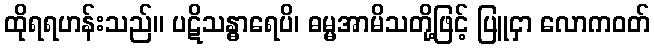
ထိုရရဟန်းသည်။ ပဋိသန္ဓာရေပိ၊ ဓမ္မအာမိသတို့ဖြင့် ပြူငှာ လောကဝတ်